Indian Civil Veterinary Department memoirs
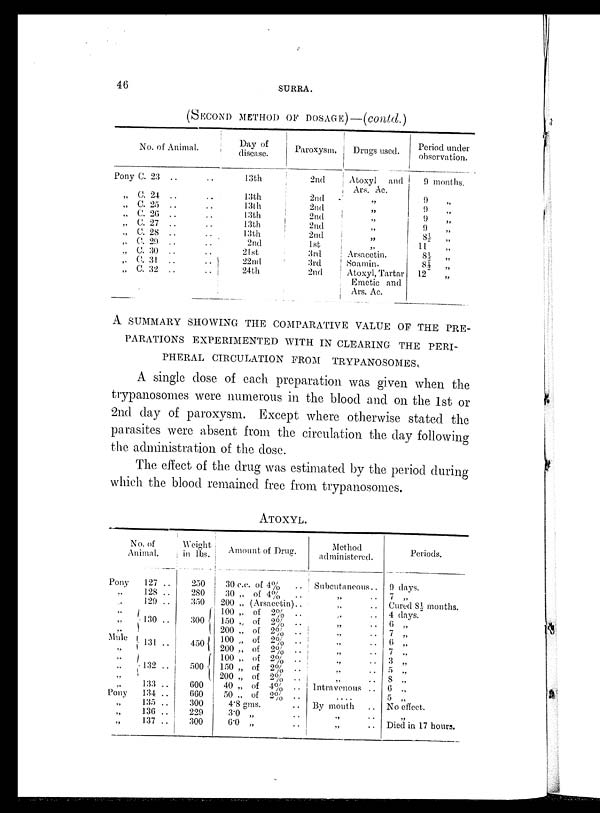
46
SURRA.
(SECOND METHOD OF DOSAGE)—(contd.)
No. of Animal.
Pony C. 23 .. ..
„ C. 24 .. ..
„ C. 25 .. ..
„ C. 26 .. ..
„ C. 27 .. ..
„ C. 28 .. ..
„ C. 29 .. ..
„ C. 30 .. ..
„ C. 31 .. ..
„ C. 32 .. ..
Day of
disease.
13th
13th
13th
13th
13th
13th
2nd
21st
22nd
24th
Paroxysm.
2nd
2nd
2nd
2nd
2nd
2nd
1st
3rd
3rd
2nd
Drugs used.
Atoxyl and
Ars. Ac.
„
„
„
„
„
„
Arsacetin.
Soamin.
Atoxyl, Tartar
Emetic and
Ars. Ac.
Period under
observation.
9 months.
9 „
9 „
9 „
9 „
8½ „
11 „
8½ „
8½ „
12 „
A SUMMARY SHOWING THE COMPARATIVE VALUE OF THE PRE-
PARATIONS EXPERIMENTED WITH IN CLEARING THE PERI-
PHERAL CIRCULATION FROM
TRYPANOSOMES.
A single dose of each preparation was given when the
trypanosomes were numerous in the blood and on the 1st or
2nd day of paroxysm. Except where otherwise stated the
parasites were absent from the circulation the day following
the administration of the dose.
The effect of the drug was estimated by the period during
which the blood remained free from trypanosomes.
ATOXYL.
No. of
Animal.
Pony
„
„
„
„
Mule
„
,.
„
Pony
„
„
„
127 ..
128 ..
129 ..
130 ..
131 ..
132 ..
133 ..
134 ..
135 ..
136 ..
137 ..
Weight
in lbs.
250
280
350
300
450
500
600
660
300
229
300
Amount of Drug.
30 c.c. of 4%
30 „ of 4%
200 „ (Arsacetin)
100 „ of 2%
150 „ of 2%
200 „ of 2%
100 „ of 2%
200 „ of 2%
100 „ of 2%
150 „ of 2%
200 „ of 2%
40 „ of 4%
50 „ of 2%
4.8 gms.
3.0 „
6.0 „
..
..
..
..
..
..
..
..
..
..
..
..
..
..
Method
administered.
Subcutaneous ..
„ ..
„ ..
„ ..
„ ..
„ ..
„ ..
„ ..
„ ..
„ ..
Intravenous ..
„ ..
By mouth
„ ..
„
Periods.
9 days.
7 „
Cured 8½ months.
4 days.
6 „
7 „
6 „
7 „
3 „
5 „
8 „
6 „
5 „
No effect.
„
Died in 17 hours.